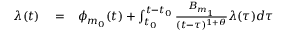
\begin{array} { r l r } { \lambda ( t ) } & { { } = } & { \phi _ { m _ { 0 } } ( t ) + \int _ { t _ { 0 } } ^ { t - t _ { 0 } } \frac { B _ { m _ { 1 } } } { ( t - \tau ) ^ { 1 + \theta } } \lambda ( \tau ) d \tau } \end{array}